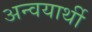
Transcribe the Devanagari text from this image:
अन्वयार्थी